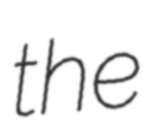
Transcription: the